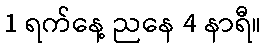
1 ရက်နေ့ ညနေ 4 နာရီ။